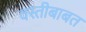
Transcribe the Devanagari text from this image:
वस्तीबाबत